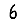
Digit: 6